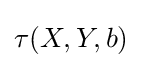
\tau (X,Y,b)